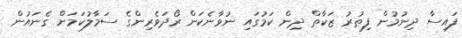
ފައިސާ ދިނުމުން ފިޠުރު ޒަކާތް ދިން ކަމުގައި ނުވާނެކަން ރޯދަވެރިންގެ ސަމާލުކަމަށް ގެނައުން